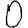
Digit: 0